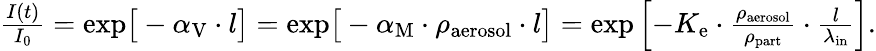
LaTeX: \begin{array}{r}{\frac{I(t)}{I_{0}}=\mathrm{exp}\big[-\alpha_{\mathrm{V}}\cdot l\big]=\mathrm{exp}\big[-\alpha_{\mathrm{M}}\cdot\rho_{\mathrm{aerosol}}\cdot l\big]=\mathrm{exp}\left[-K_{\mathrm{e}}\cdot\frac{\rho_{\mathrm{aerosol}}}{\rho_{\mathrm{part}}}\cdot\frac{l}{\lambda_{\mathrm{in}}}\right].}\end{array}